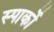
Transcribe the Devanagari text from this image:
स्पार्को